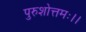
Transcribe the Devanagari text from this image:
पुरुशोत्तमः।।